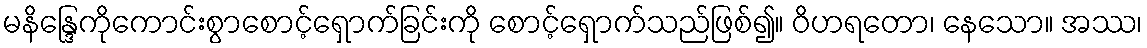
မနိန္ဒြေကိုကောင်းစွာစောင့်ရှောက်ခြင်းကို စောင့်ရှောက်သည်ဖြစ်၍။ ဝိဟရတော၊ နေသော။ အဿ၊